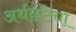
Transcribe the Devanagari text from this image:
अर्थछटेचा